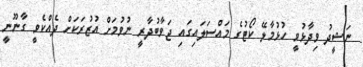
ނަޝީދު ވިދާޅުވީ ހުޅުމާލޭ ކޯޓުގެ މައްސަލައިގައި ޖަވާބުދާރީ ނުވުމަށް އުޒުރަކަށް ދެއްކެވީ ގާނޫނީ